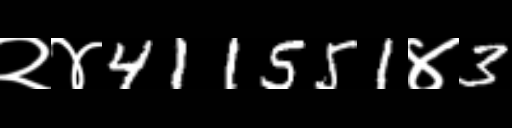
Text: २४411551४3